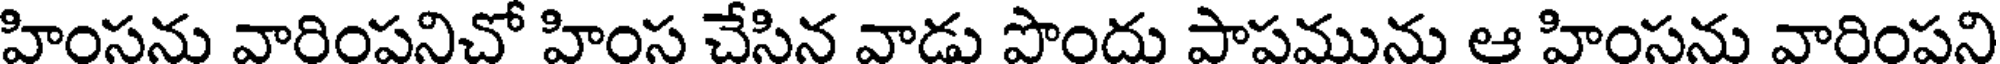
హింసను వారింపనిచో హింస చేసిన వాడు పొందు పాపమును ఆ హింసను వారింపని